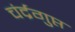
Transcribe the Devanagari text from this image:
चंर्द्रगुप्त